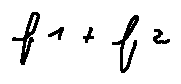
f _ { 1 } + f _ { 2 }